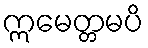
ဣမေတ္တမပိ